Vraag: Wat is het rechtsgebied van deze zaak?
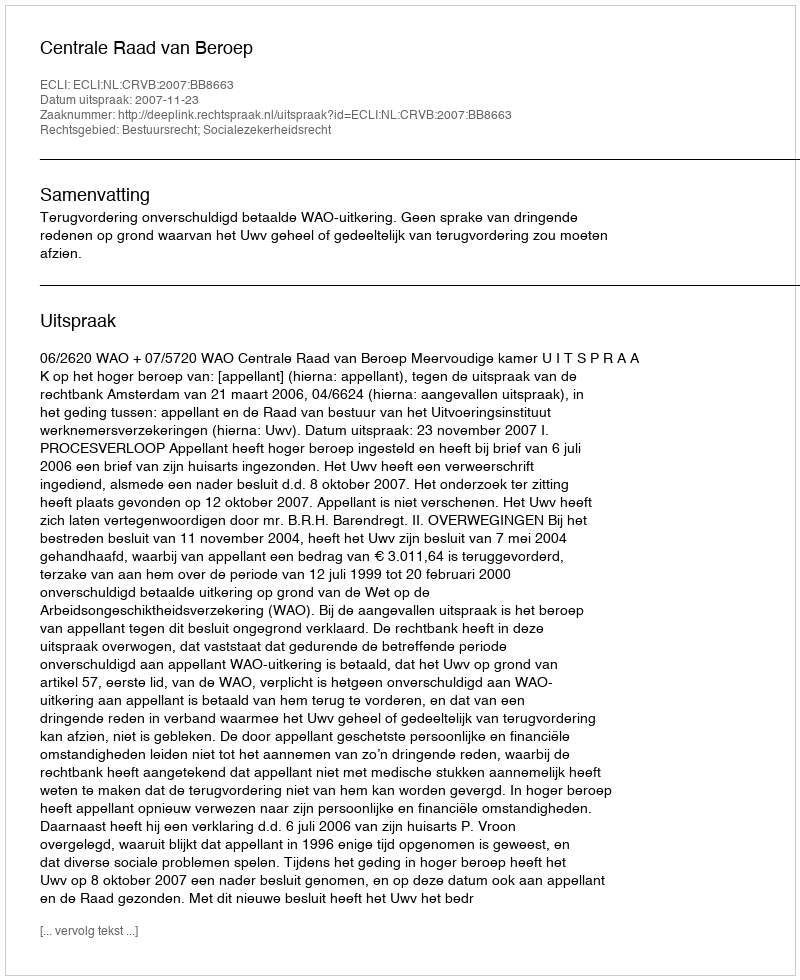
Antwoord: Bestuursrecht; Socialezekerheidsrecht